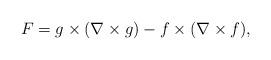
LaTeX: \begin{align*}F=g\times (\nabla\times g)-f\times (\nabla\times f),\end{align*}